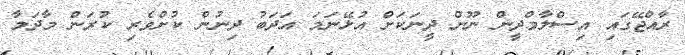
ރާއްޖޭގައި އިސްލާމްދީން ނޫން ދީނަކަށް އުޅޭނަމަ އަދަބު ދިނުން ކުށްވެރި ކުރަން މާދަމާ